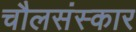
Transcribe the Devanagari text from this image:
चौलसंस्कार